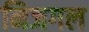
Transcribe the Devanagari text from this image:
निजगल